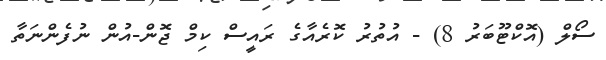
ސޯލް (އޮކްޓޫބަރު 8) - އުތުރު ކޮރެއާގެ ރައީސް ކިމް ޖޮން-އުން ނުފެންނަތާ